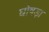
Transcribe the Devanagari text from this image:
घोषड़ा